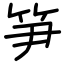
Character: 笋